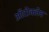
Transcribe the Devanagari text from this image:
ऑटोक्‍लेव